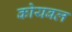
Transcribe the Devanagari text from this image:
कोयबल